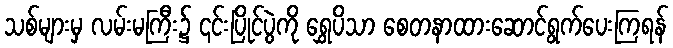
သစ်များမှ လမ်းမကြီး၌ ၎င်းပြိုင်ပွဲကို ရွှေပိသာ စေတနာထားဆောင်ရွက်ပေးကြရန်